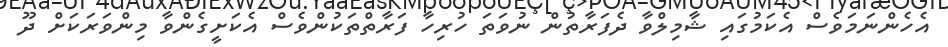
އެހެންނަމަވެސް އެކަމުގައި ޝާމިލްވާ ދެފަރާތުން ނުވަތަ ހުރިހާ ފަރާތްތަކުންވެސް އެކަށީގެންވާ މިންވަރަކަށް ދޫ